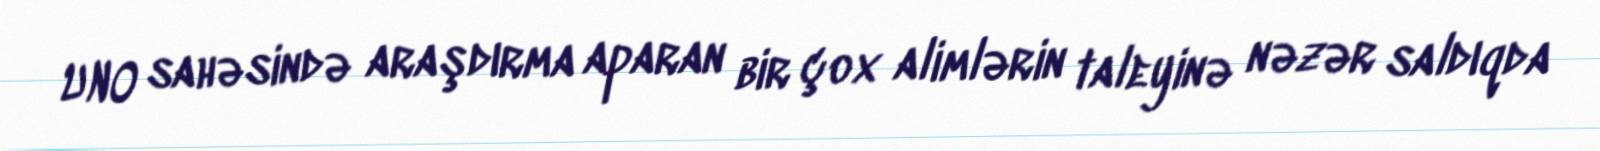
UNO sahəsində araşdırma aparan bir çox alimlərin taleyinə nəzər saldıqda